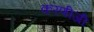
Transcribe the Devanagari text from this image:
करणीजी